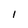
Character: l